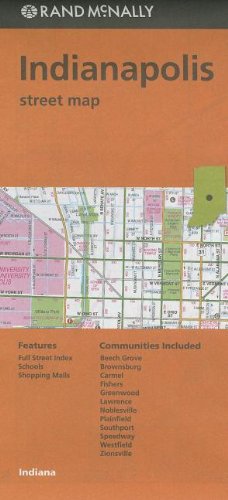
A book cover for Rand McNally Folded Map: Indianapolis Street Map; Rand McNally; Travel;